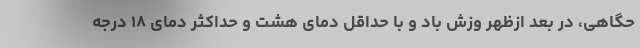
حگاهی، در بعد ازظهر وزش باد و با حداقل دمای هشت و حداکثر دمای ۱۸ درجه